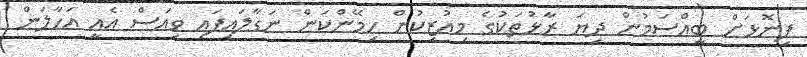
ފިނޮޅަށް ބީއްސަމުން ދިޔަ ރާޅުތަކުގެ މިއުޒިކުން ހިމޭންކަން ނަގާލައިފައި ވިއަސް އެއީ އަހާލަން